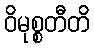
ဝိမုစ္စတီတိ